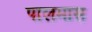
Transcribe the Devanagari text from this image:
पालमास